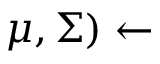
\mu , \Sigma ) \leftarrow